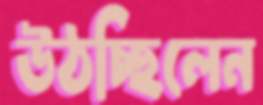
উঠচ্ছিলেন